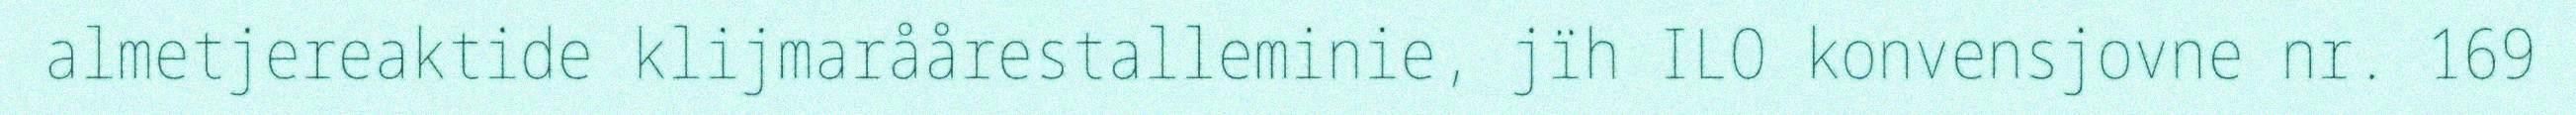
almetjereaktide klijmaråårestalleminie, jïh ILO konvensjovne nr. 169